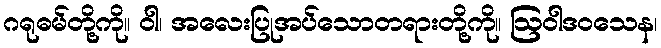
ဂရုဓမ်တို့ကို။ ဝါ၊ အလေးပြုအပ်သောတရားတို့ကို။ ဩဝါဒဝသေန၊